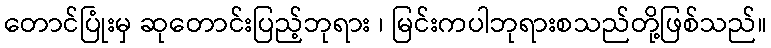
တောင်ပြုံးမှ ဆုတောင်းပြည့်ဘုရား ၊ မြင်းကပါဘုရားစသည်တို့ဖြစ်သည်။